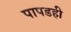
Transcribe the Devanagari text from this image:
पापडही